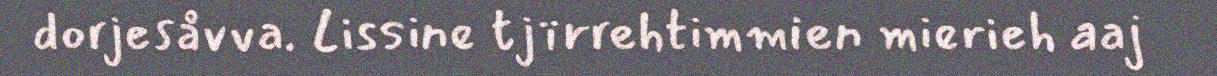
dorjesåvva. Lissine tjïrrehtimmien mierieh aaj